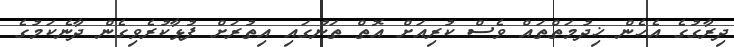
ދިރާގުގެ އެހެން ޚިދުމަތްތައް ވެސް ކުރިއަށް އޮތް ތަނުގައި އިތުރަށް ފުޅާކުރެވިގެން ދާނެކަމުގެ